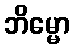
ဘိမ္မော